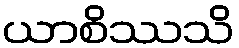
ယာစိဿသိ